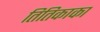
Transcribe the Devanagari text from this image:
तितिकाका